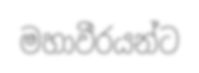
මහාවීරයන්ට